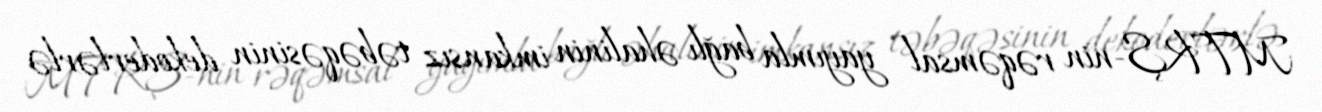
MTRŞ-nin rəqəmsal yayımla bağlı əhalinin imkansız təbəqəsinin dekoderlərlə